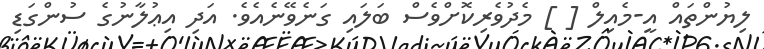
ލިޔުންތައް އީ-މެއިލް [ ] މެދުވެރިކޮށްވެސް ބަލައި ގަނެވޭނެއެވެ. އަދި އިޢުލާނުގެ ސުންގަޑި